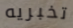
تخبريه